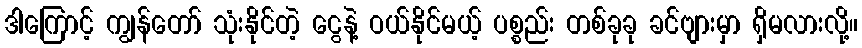
ဒါကြောင့် ကျွန်တော် သုံးနိုင်တဲ့ ငွေနဲ့ ဝယ်နိုင်မယ့် ပစ္စည်း တစ်ခုခု ခင်ဗျားမှာ ရှိမလားလို့။